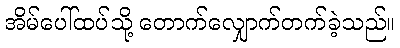
အိမ်ပေါ်ထပ်သို့ တောက်လျှောက်တက်ခဲ့သည်။